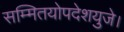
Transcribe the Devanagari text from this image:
सम्मितयोपदेशयुजे।